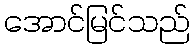
အောင်မြင်သည်